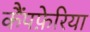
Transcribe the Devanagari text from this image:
कैंपफ़ेरिया